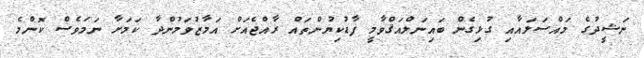
ނަޝީދުގެ މައްސަލައާއި ގުޅިގެން ބައިނަލްއަޤްވާމީ ފާޑުކިޔުންތައް ރާއްޖެއަށް އަމާޒުވަމުންދާ ކަމަށާ ނަމަވެސް ކޮންމެ